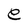
Character: e